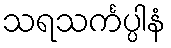
သရသင်္ကပ္ပါနံ